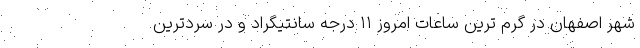
شهر اصفهان در گرم ترین ساعات امروز ۱۱ درجه سانتیگراد و در سردترین